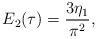
LaTeX: \begin{align*}E_2(\tau)=\frac{3\eta_1}{\pi^2},\end{align*}